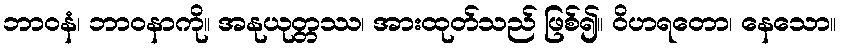
ဘာဝနံ၊ ဘာဝနာကို။ အနုယုတ္တဿ၊ အားထုတ်သည် ဖြစ်၍။ ဝိဟရတော၊ နေသော။